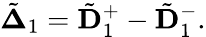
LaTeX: \begin{array}{r}{\tilde{\mathbf\Delta}_{1}=\tilde{\mathbf D}_{1}^{+}-\tilde{\mathbf D}_{1}^{-}.}\end{array}